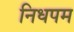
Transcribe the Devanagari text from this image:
निधपम